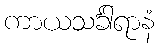
ကာယသင်္ခါရာနံ